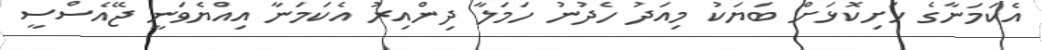
އެކަމަނާގެ ހަށިކޮޅަށް ބަޔަކު މިއަދު ހެދުނު ހަމަލާ ދިންއިރު އެކަމަނާ އިއްޔެވަނީ ޖޭއެސްސީ